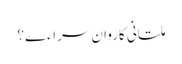
ملتانی کاروان سراءے؟